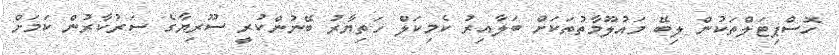
ހޮސްޕިޓަލްތަކުން ލިބޭ މައުލޫމާތުތަކަށް ބަލާއިރު ކެމިކަލް ހަތިޔާރު ބޭނުންކުރީ ސޫރިޔާގެ ސަރުކާރުން ކަމަށް